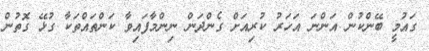
ގައުމީ ބޭންކުން އަންނަ އަހަރު ކުރިއަށް ގެންދަން ނިންމާފައިވާ ކަންތައްތަކާ ގުޅޭ ގޮތުން